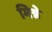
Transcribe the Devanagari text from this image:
मिन्ने